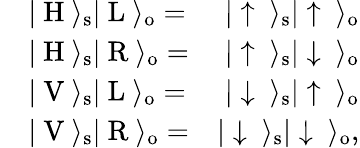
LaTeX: \begin{array}{rlr}&{|\ \mathrm{H}\ \rangle_{\mathrm{s}}|\ \mathrm{L}\ \rangle_{\mathrm{o}}=}&{|\uparrow\ \rangle_{\mathrm{s}}|\uparrow\ \rangle_{\mathrm{o}}}\\ &{|\ \mathrm{H}\ \rangle_{\mathrm{s}}|\ \mathrm{R}\ \rangle_{\mathrm{o}}=}&{|\uparrow\ \rangle_{\mathrm{s}}|\downarrow\ \rangle_{\mathrm{o}}}\\ &{|\ \mathrm{V}\ \rangle_{\mathrm{s}}|\ \mathrm{L}\ \rangle_{\mathrm{o}}=}&{|\downarrow\ \rangle_{\mathrm{s}}|\uparrow\ \rangle_{\mathrm{o}}}\\ &{|\ \mathrm{V}\ \rangle_{\mathrm{s}}|\ \mathrm{R}\ \rangle_{\mathrm{o}}=}&{|\downarrow\ \rangle_{\mathrm{s}}|\downarrow\ \rangle_{\mathrm{o}},}\end{array}